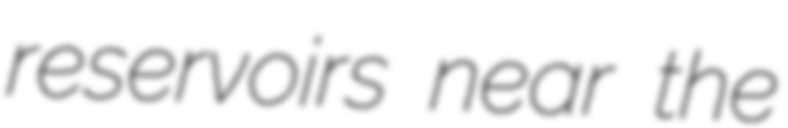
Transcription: reservoirs near the